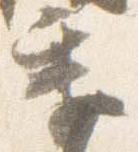
季